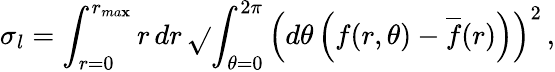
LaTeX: \sigma_{l}=\int_{r=0}^{r_{ma\mathbf{x}}}\mathop{r}\mathop{dr}\sqrt{}{{\int_{\theta=0}^{2\pi}\left(\mathop{d\theta}\left(f(r,\theta)-\overline{{{f}}}(r)\right)\right)^{2}}}\, ,